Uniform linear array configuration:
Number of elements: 8
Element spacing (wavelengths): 1
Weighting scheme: exponential
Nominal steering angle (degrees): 60
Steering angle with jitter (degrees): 58.255
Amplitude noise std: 0.05
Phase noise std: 0.05

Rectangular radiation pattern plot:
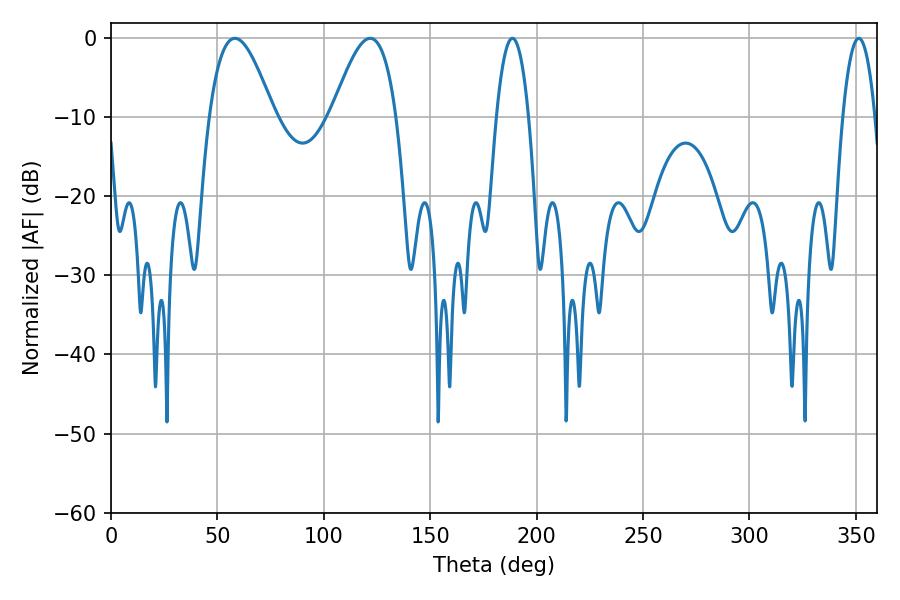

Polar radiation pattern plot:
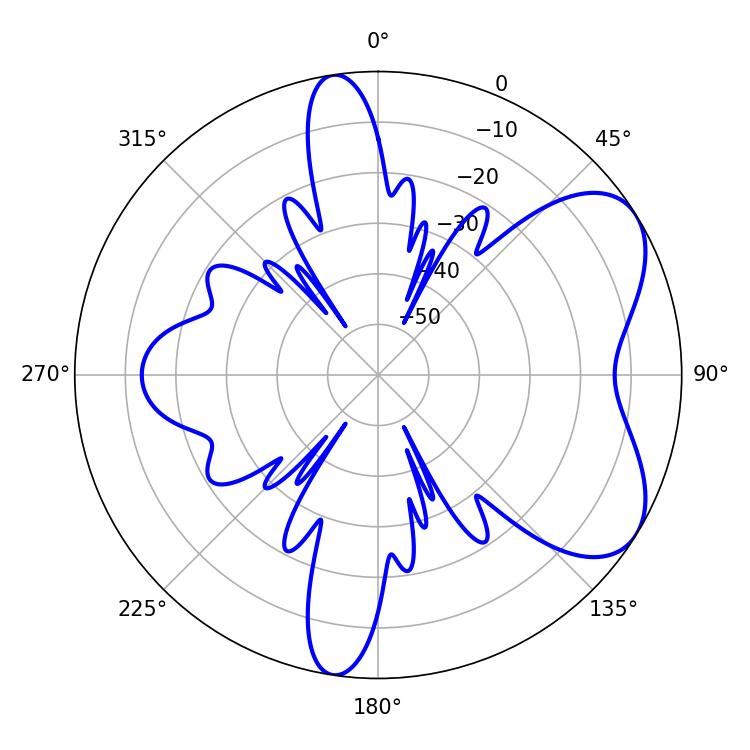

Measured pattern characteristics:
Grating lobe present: TRUE
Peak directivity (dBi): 6.105
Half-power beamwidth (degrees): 8.28
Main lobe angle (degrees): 351.36